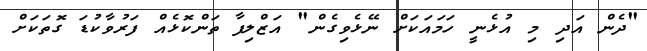
"ދެން އަދި މި އުޅެނީ ހަމައަކަށް ނޭޅެވިގެން" އަޒްލިފާ ތަންކޮޅެއް ފަރުވާކުޑަ ގޮތަކަށް